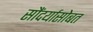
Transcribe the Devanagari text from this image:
सौंदर्यासोबत